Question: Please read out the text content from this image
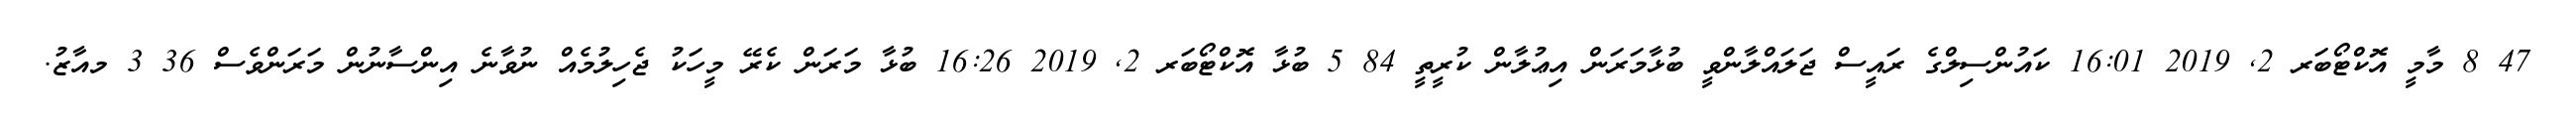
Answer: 47 8 މާމީ އޮކްޓޯބަރ 2, 2019 16:01 ކައުންސިލްގެ ރައީސް ޖަލައްލާންވީ ބުޅާމަރަން އިޢުލާން ކުރީތީ 84 5 ބުޅާ އޮކްޓޯބަރ 2, 2019 16:26 ބުޅާ މަރަން ކެރޭ މީހަކު ޖެހިލުމެއް ނުވާނެ އިންސާނުން މަރަންވެސް 36 3 މއާޒު.